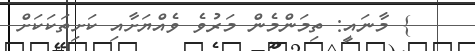
} މާނައީ: ތިމަންމެން މަރުވެ ވެއްޔަށާއި ކަށިތަކަކަށް